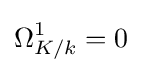
\Omega _{K/k}^{1}=0